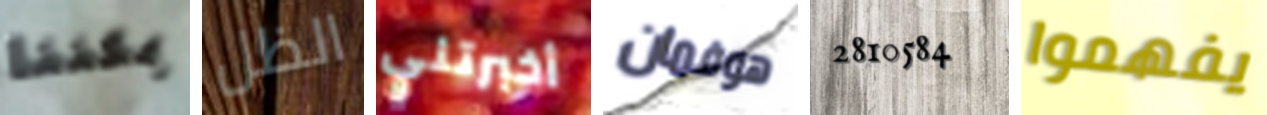
يمكننا الظل أخبرتني هوفمان 2810584 يفهموا